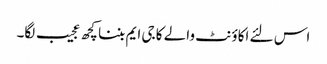
اس لئے اکاؤنٹ والے کا جی ایم بننا کچھ عجیب لگا۔